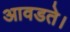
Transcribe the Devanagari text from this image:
आवडते।